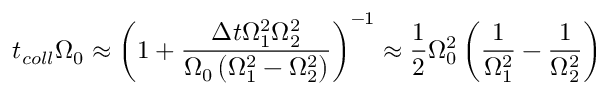
t _ { c o l l } \Omega _ { 0 } \approx \left( 1 + \frac { { \Delta t } \Omega _ { 1 } ^ { 2 } \Omega _ { 2 } ^ { 2 } } { \Omega _ { 0 } \left( \Omega _ { 1 } ^ { 2 } - \Omega _ { 2 } ^ { 2 } \right) } \right) ^ { - 1 } \approx \frac { 1 } { 2 } \Omega _ { 0 } ^ { 2 } \left( \frac { 1 } { \Omega _ { 1 } ^ { 2 } } - \frac { 1 } { \Omega _ { 2 } ^ { 2 } } \right)